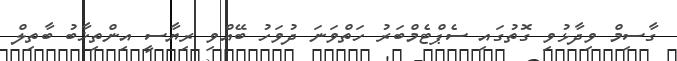
ގާސިމް ވިދާޅުވި ގޮތުގައި ސެޕްޓެމްބަރު ހަތްވަނަ ދުވަހު ބޭއްވި ރިޔާސީ އިންތިޚާބު ބާތިލް